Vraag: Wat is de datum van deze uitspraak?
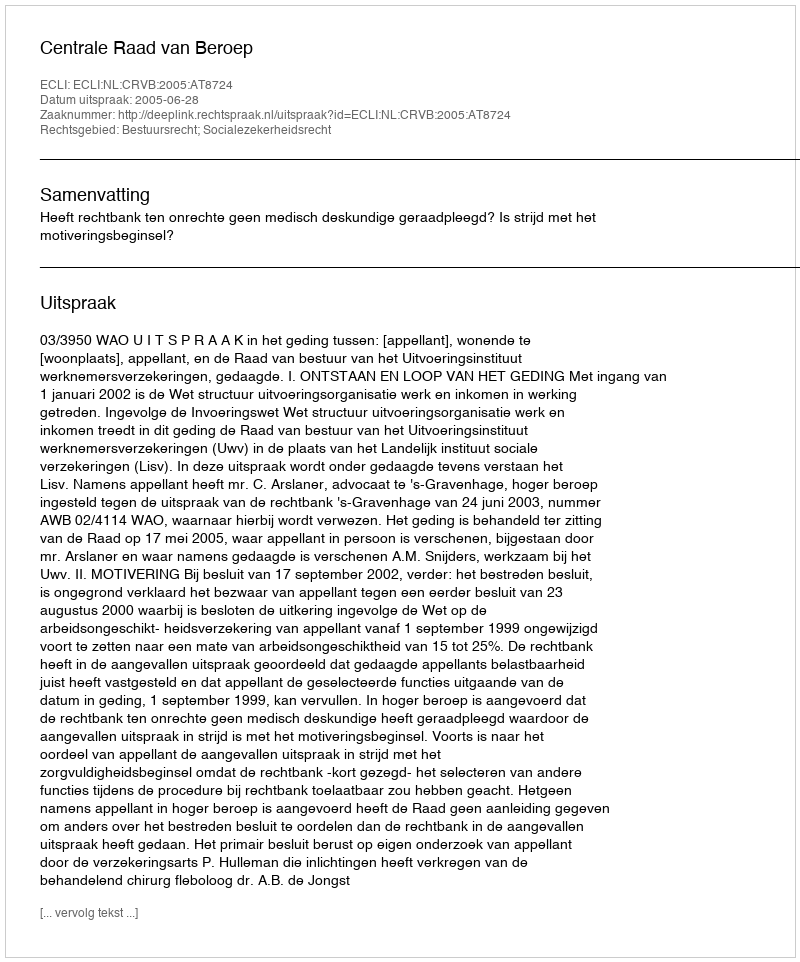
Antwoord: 2005-06-28